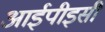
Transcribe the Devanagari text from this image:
आईपीइसी